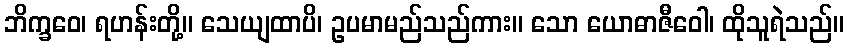
ဘိက္ခဝေ၊ ရဟန်းတို့။ သေယျထာပိ၊ ဥပမာမည်သည်ကား။ သော ယောဓာဇီဝေါ၊ ထိုသူရဲသည်။